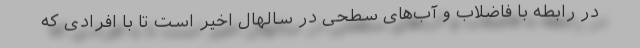
در رابطه با فاضلاب و آب‌های سطحی در سالهال اخیر است تا با افرادی که